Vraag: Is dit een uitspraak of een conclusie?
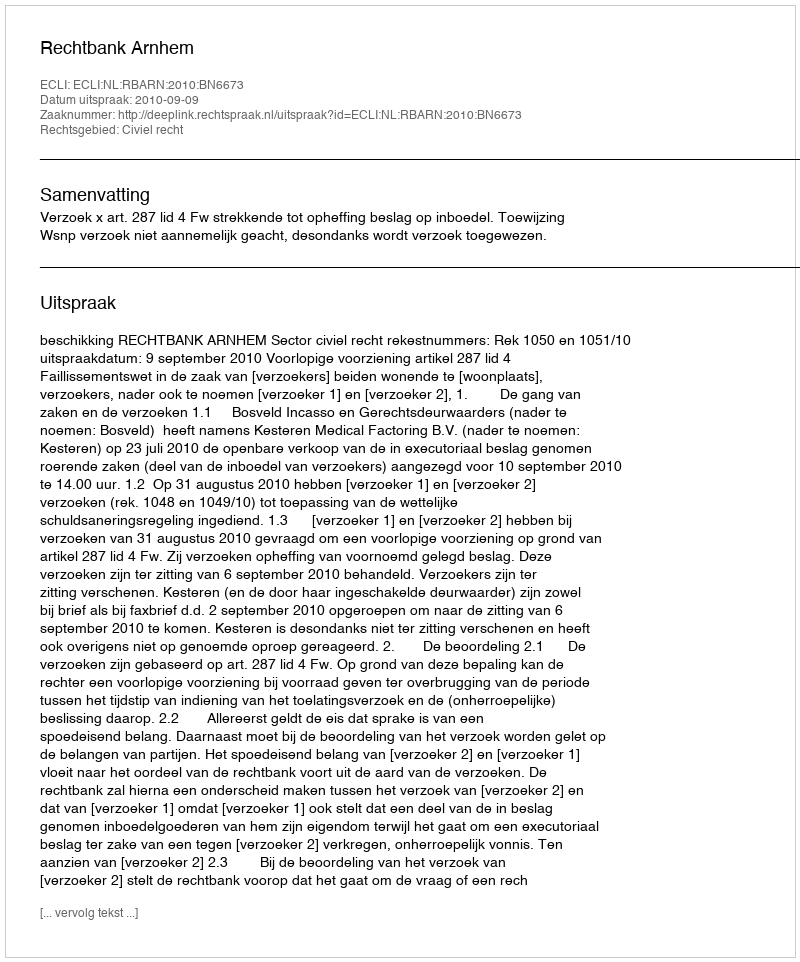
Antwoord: Uitspraak